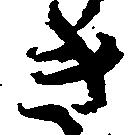
き